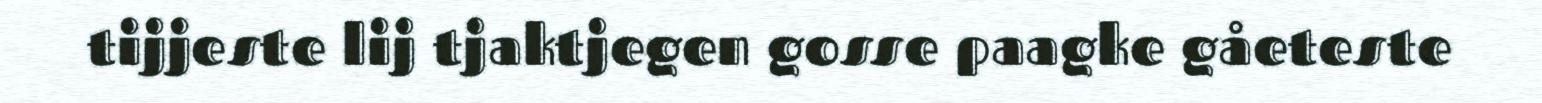
tijjeste lij tjaktjegen gosse paagke gåeteste